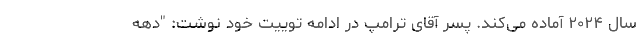
سال ۲۰۲۴ آماده می‌کند. پسر آقای ترامپ در ادامه توییت خود نوشت: "دهه